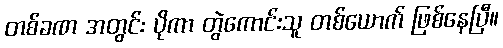
တစ်ခဏ အတွင်း ပိုကာ တွဲကောင်းသူ တစ်ယောက် ဖြစ်နေပြီ။